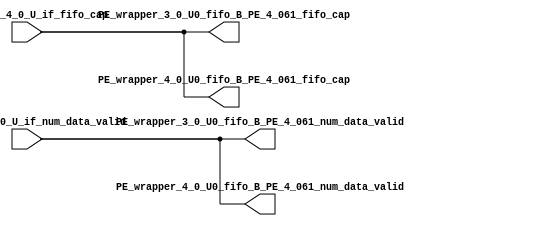
// ==================================================
// RTL generated by RapidStream
//
// Copyright 2024 RapidStream Design Automation, Inc.
// All Rights Reserved.
// ==================================================
`timescale 1 ns / 1 ps
module __rs_kernel3_aux_split_aux_122 #(
    parameter C_S_AXI_CONTROL_DATA_WIDTH  = 32,
    parameter C_S_AXI_CONTROL_ADDR_WIDTH  = 6,
    parameter C_S_AXI_DATA_WIDTH          = 32,
    parameter C_M_AXI_GMEM_A_ID_WIDTH     = 1,
    parameter C_M_AXI_GMEM_A_ADDR_WIDTH   = 64,
    parameter C_M_AXI_GMEM_A_DATA_WIDTH   = 512,
    parameter C_M_AXI_GMEM_A_AWUSER_WIDTH = 1,
    parameter C_M_AXI_GMEM_A_ARUSER_WIDTH = 1,
    parameter C_M_AXI_GMEM_A_WUSER_WIDTH  = 1,
    parameter C_M_AXI_GMEM_A_RUSER_WIDTH  = 1,
    parameter C_M_AXI_GMEM_A_BUSER_WIDTH  = 1,
    parameter C_M_AXI_GMEM_A_USER_VALUE   = 0,
    parameter C_M_AXI_GMEM_A_PROT_VALUE   = 0,
    parameter C_M_AXI_GMEM_A_CACHE_VALUE  = 3,
    parameter C_M_AXI_DATA_WIDTH          = 32,
    parameter C_M_AXI_GMEM_B_ID_WIDTH     = 1,
    parameter C_M_AXI_GMEM_B_ADDR_WIDTH   = 64,
    parameter C_M_AXI_GMEM_B_DATA_WIDTH   = 512,
    parameter C_M_AXI_GMEM_B_AWUSER_WIDTH = 1,
    parameter C_M_AXI_GMEM_B_ARUSER_WIDTH = 1,
    parameter C_M_AXI_GMEM_B_WUSER_WIDTH  = 1,
    parameter C_M_AXI_GMEM_B_RUSER_WIDTH  = 1,
    parameter C_M_AXI_GMEM_B_BUSER_WIDTH  = 1,
    parameter C_M_AXI_GMEM_B_USER_VALUE   = 0,
    parameter C_M_AXI_GMEM_B_PROT_VALUE   = 0,
    parameter C_M_AXI_GMEM_B_CACHE_VALUE  = 3,
    parameter C_M_AXI_GMEM_C_ID_WIDTH     = 1,
    parameter C_M_AXI_GMEM_C_ADDR_WIDTH   = 64,
    parameter C_M_AXI_GMEM_C_DATA_WIDTH   = 512,
    parameter C_M_AXI_GMEM_C_AWUSER_WIDTH = 1,
    parameter C_M_AXI_GMEM_C_ARUSER_WIDTH = 1,
    parameter C_M_AXI_GMEM_C_WUSER_WIDTH  = 1,
    parameter C_M_AXI_GMEM_C_RUSER_WIDTH  = 1,
    parameter C_M_AXI_GMEM_C_BUSER_WIDTH  = 1,
    parameter C_M_AXI_GMEM_C_USER_VALUE   = 0,
    parameter C_M_AXI_GMEM_C_PROT_VALUE   = 0,
    parameter C_M_AXI_GMEM_C_CACHE_VALUE  = 3,
    parameter C_S_AXI_CONTROL_WSTRB_WIDTH = 4,
    parameter C_S_AXI_WSTRB_WIDTH         = 4,
    parameter C_M_AXI_GMEM_A_WSTRB_WIDTH  = 64,
    parameter C_M_AXI_WSTRB_WIDTH         = 4,
    parameter C_M_AXI_GMEM_B_WSTRB_WIDTH  = 64,
    parameter C_M_AXI_GMEM_C_WSTRB_WIDTH  = 64
) (
    output wire [1:0] PE_wrapper_3_0_U0_fifo_B_PE_4_061_fifo_cap,
    output wire [1:0] PE_wrapper_3_0_U0_fifo_B_PE_4_061_num_data_valid,
    output wire [1:0] PE_wrapper_4_0_U0_fifo_B_PE_4_061_fifo_cap,
    output wire [1:0] PE_wrapper_4_0_U0_fifo_B_PE_4_061_num_data_valid,
    input wire  [1:0] fifo_B_PE_4_0_U_if_fifo_cap,
    input wire  [1:0] fifo_B_PE_4_0_U_if_num_data_valid
);
assign PE_wrapper_3_0_U0_fifo_B_PE_4_061_fifo_cap = fifo_B_PE_4_0_U_if_fifo_cap;
assign PE_wrapper_3_0_U0_fifo_B_PE_4_061_num_data_valid = fifo_B_PE_4_0_U_if_num_data_valid;
assign PE_wrapper_4_0_U0_fifo_B_PE_4_061_fifo_cap = fifo_B_PE_4_0_U_if_fifo_cap;
assign PE_wrapper_4_0_U0_fifo_B_PE_4_061_num_data_valid = fifo_B_PE_4_0_U_if_num_data_valid;
endmodule